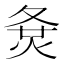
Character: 𡕛